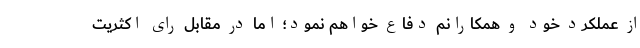
از عملکرد خود و همکارانم دفاع خواهم نمود؛ اما در مقابل رای اکثریت